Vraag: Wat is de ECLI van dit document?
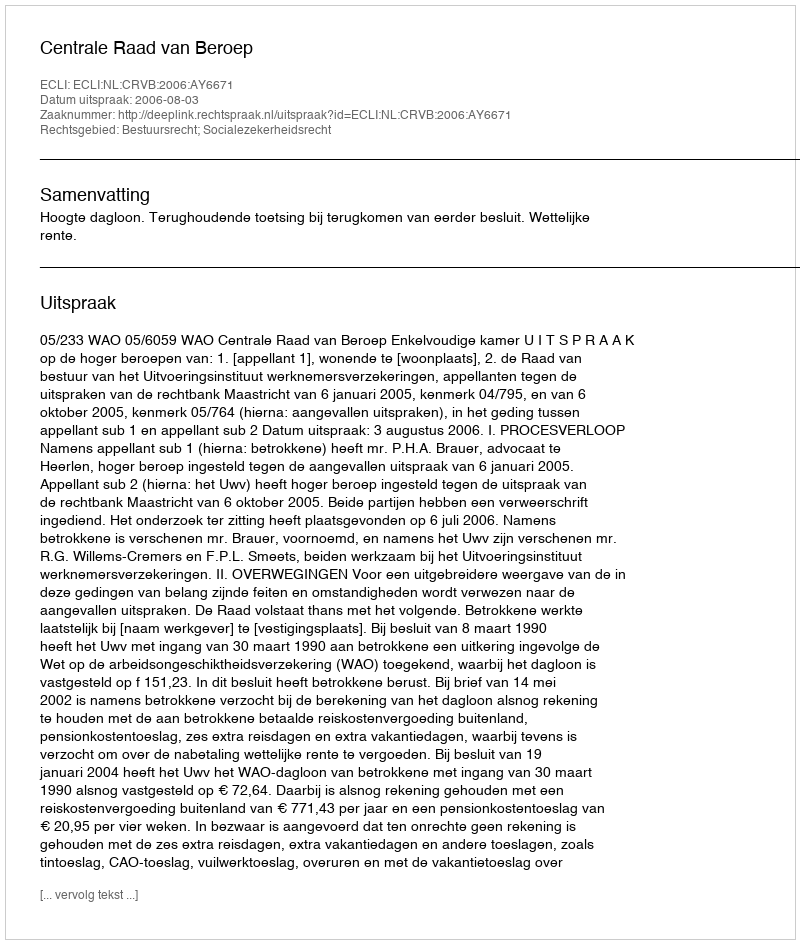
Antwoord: ECLI:NL:CRVB:2006:AY6671